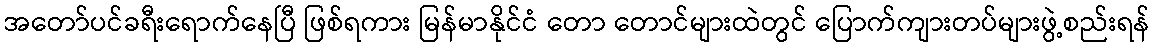
အတော်ပင်ခရီးရောက်နေပြီ ဖြစ်ရကား မြန်မာနိုင်ငံ တော တောင်များထဲတွင် ပြောက်ကျားတပ်များဖွဲ့စည်းရန်